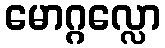
မောဂ္ဂလ္လော